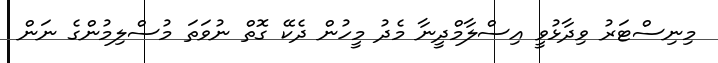
މިނިސްޓަރު ވިދާޅުވީ އިސްލާމްދީނާ މެދު މީހުން ދެކޭ ގޮތް ނުވަތަ މުސްލިމުންގެ ނަން